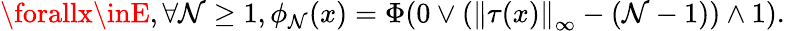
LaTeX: \forallx\inE,\forall\mathcal{N}\geq1,\phi_{\mathcal{N}}(x)=\Phi(0\vee(\left\lVert\tau(x)\right\rVert_{\infty}-(\mathcal{N}-1))\wedge1).